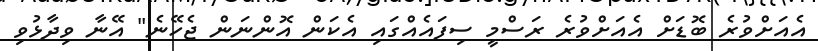
އެއަށްވުރެ ބޮޑަށް އެއަށްވުރެ ރަސްމީ ސިފައެއްގައި އެކަން އޮންނަން ޖެހޭނެ" އޭނާ ވިދާޅުވި